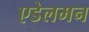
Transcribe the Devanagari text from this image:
एडेलमन